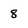
Character: 8